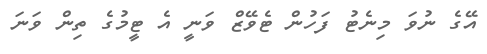
އޭގެ ނުވަ މިނެޓު ފަހުން ޓެވޭޒް ވަނީ އެ ޓީމުގެ ތިން ވަނަ